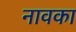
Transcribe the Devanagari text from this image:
नावका